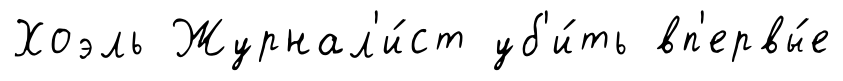
Хоэль Журнал'и́ст уб'и́ть вп'ервы́е